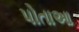
પોતાઆ